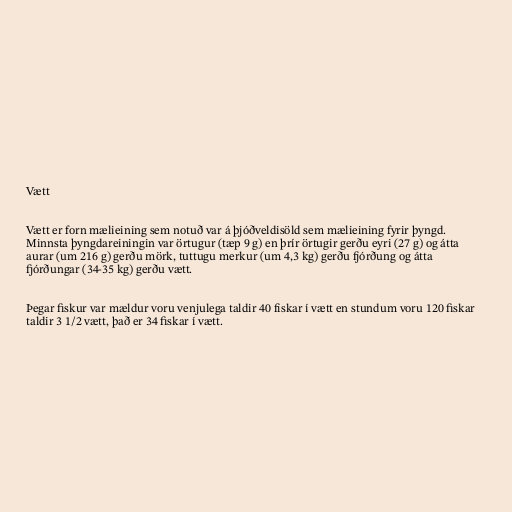
Vætt

Vætt er forn mælieining sem notuð var á þjóðveldisöld sem mælieining fyrir þyngd.
Minnsta þyngdareiningin var örtugur (tæp 9 g) en þrír örtugir gerðu eyri (27 g) og átta
aurar (um 216 g) gerðu mörk, tuttugu merkur (um 4,3 kg) gerðu fjórðung og átta
fjórðungar (34-35 kg) gerðu vætt.

Þegar fiskur var mældur voru venjulega taldir 40 fiskar í vætt en stundum voru 120 fiskar
taldir 3 1/2 vætt, það er 34 fiskar í vætt.